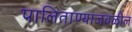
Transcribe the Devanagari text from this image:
पालिताण्याजवळील